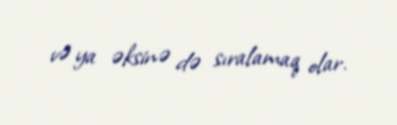
və ya əksinə də sıralamaq olar.